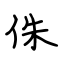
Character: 侏